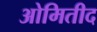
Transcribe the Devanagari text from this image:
ओमितीद